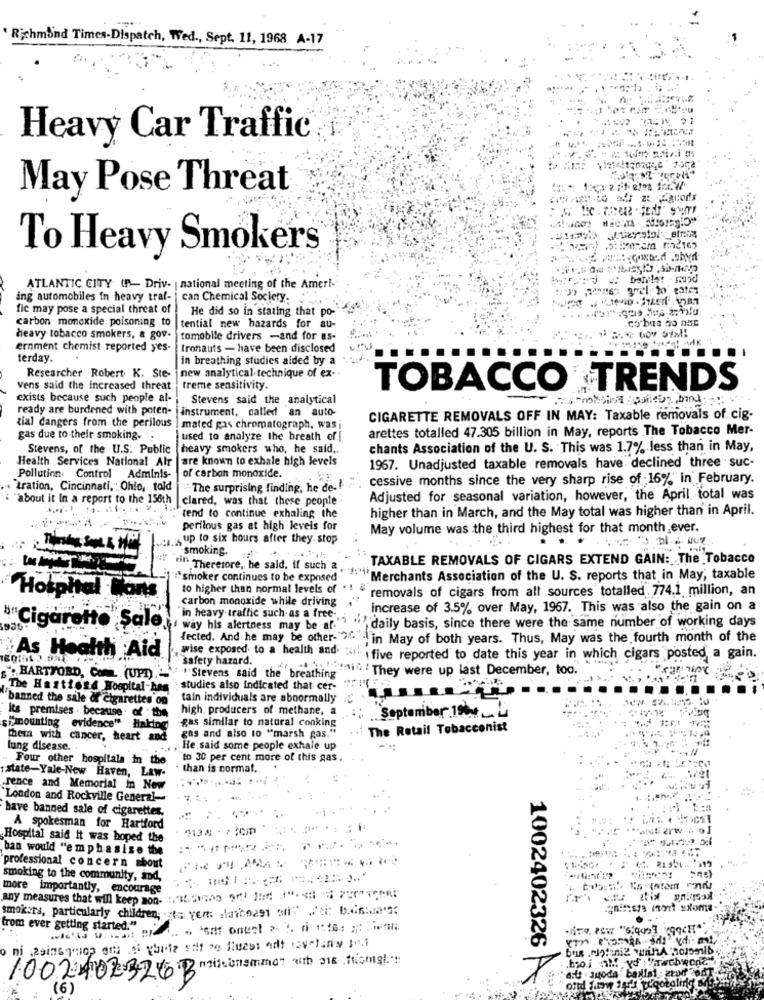
Richmond Times-Dispatch, Wed ., Sept. 11, 1968. A-17
. .
Heavy Car Traffic
May Pose Threat
To Heavy Smokers
ATLANTIC CITY (P- Driv- | national meeting of the Ameri-
ing automobiles in heavy traf- | can Chemical Society.
fic may pose a special threat of
He did so in stating that po-
carbon monoxide: poisoning to
tential new hazards for au-
heavy tobacco smokers, a gov- tomobile drivers -and for as-
ernment chemist reported yes- tronauts - have been disclosed
terday.
in breathing studies alded by a
new analytical technique of ex-
Researcher Robert K. Ste-
vens said the increased threat
treme sensitivity.
TOBACCO TRENDS
exists because such people al-
Stevens said the analytical
ready are burdened with poten- instrument, called an auto-
tial dangers from the perilous
CIGARETTE REMOVALS OFF IN MAY: Taxable removals of cig.
mated gas chromatograph, was
arettes totalled 47.305 billion in May, reports The Tobacco Mer-
gas due to their smoking.
used to analyze the breath of |
Stevens, of the U.S. Public
heavy smokers who, he said ..
chants Association of the U. S. This was 1.7% less than in May,
Health Services National Alr |are known to exhale high levels
1967. Unadjusted taxable removals have declined three . suc-
Pollution. Control Adminis-
of carbon monoxide.
cessive months since the very sharp rise of 16%" in February.
tration, Cincinnati, Ohio, told
The surprising finding, he de-
"about it In a report to the 156th |clared, was that these people
Adjusted for seasonal variation, however, the April total was
higher than in March, and the May total was higher than in April.
tend to continue exhaling the
perilous gas at high levels for
May volume was the third highest for that month ever.
:. up to six hours after they. stop
smoking.
TAXABLE REMOVALS OF CIGARS EXTEND GAIN: The Tobacco
til' Therefore, he said, if such a.
"I"smoker continues to be exposed
"""""" Merchants Association of the U. S. reports that in May, taxable
to higher than normal levels of
removals of cigars from all sources totalled 774.1 million, an
Hospital Cons
carbon monoxide while driving
increase of 3.5% over May, 1967. This was also the gain on a
in heavy traffic such as a free -,
"" daily basis, since there were the same number of working days
""Cigarette Sale | way his alertness may be af.
fected. And he may be other-" .. . in May of both years. Thus, May was the fourth month of the
As Health Aid
wise exposed to a health and
safety hazard.
Ifive reported to date this year in which cigars posted a gain.
'They were up last December, too.
HARTFORD, Coni. (UPD) .-
À: "Stevens said the breathing
The Hastiere Hospital-has : studies also indicated that cer-
banned the sale of cigarettes on
tain individuals are abnormally
high producers of methane, a
Its premises . because . of the
gas similar to natural conking
September 19%
simounting evidence" Haking
gas and also to "marsh gas."
The Retail Tobacconist
Them with cancer, heart and
lung disease. .
. He said some people exhale up
Four other hospitals in the
to 30 per cent more of this gas.
than is cormat.
:state-Yale-New Haven, Law-
rence and Memorial in Now
"London and Rockville General-
have banned sale of cigarettes.
A spokesman for Hartford
Hospital said It was hoped the
ban would "emphasize the
professional concern about
smoking to the community, and,
more importantly, encourage
any measures that will keep non -: ".SO ort luis d". si it ourgreat
gninsta mort xxoma
smokers, particularly children,to yem plarboa91 an" Fit baishe's
from ever getting started."
1002202326 Brissonsimmon what tiong
1002402326
(6)